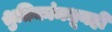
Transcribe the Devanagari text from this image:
श्रुतिकांमधूनही